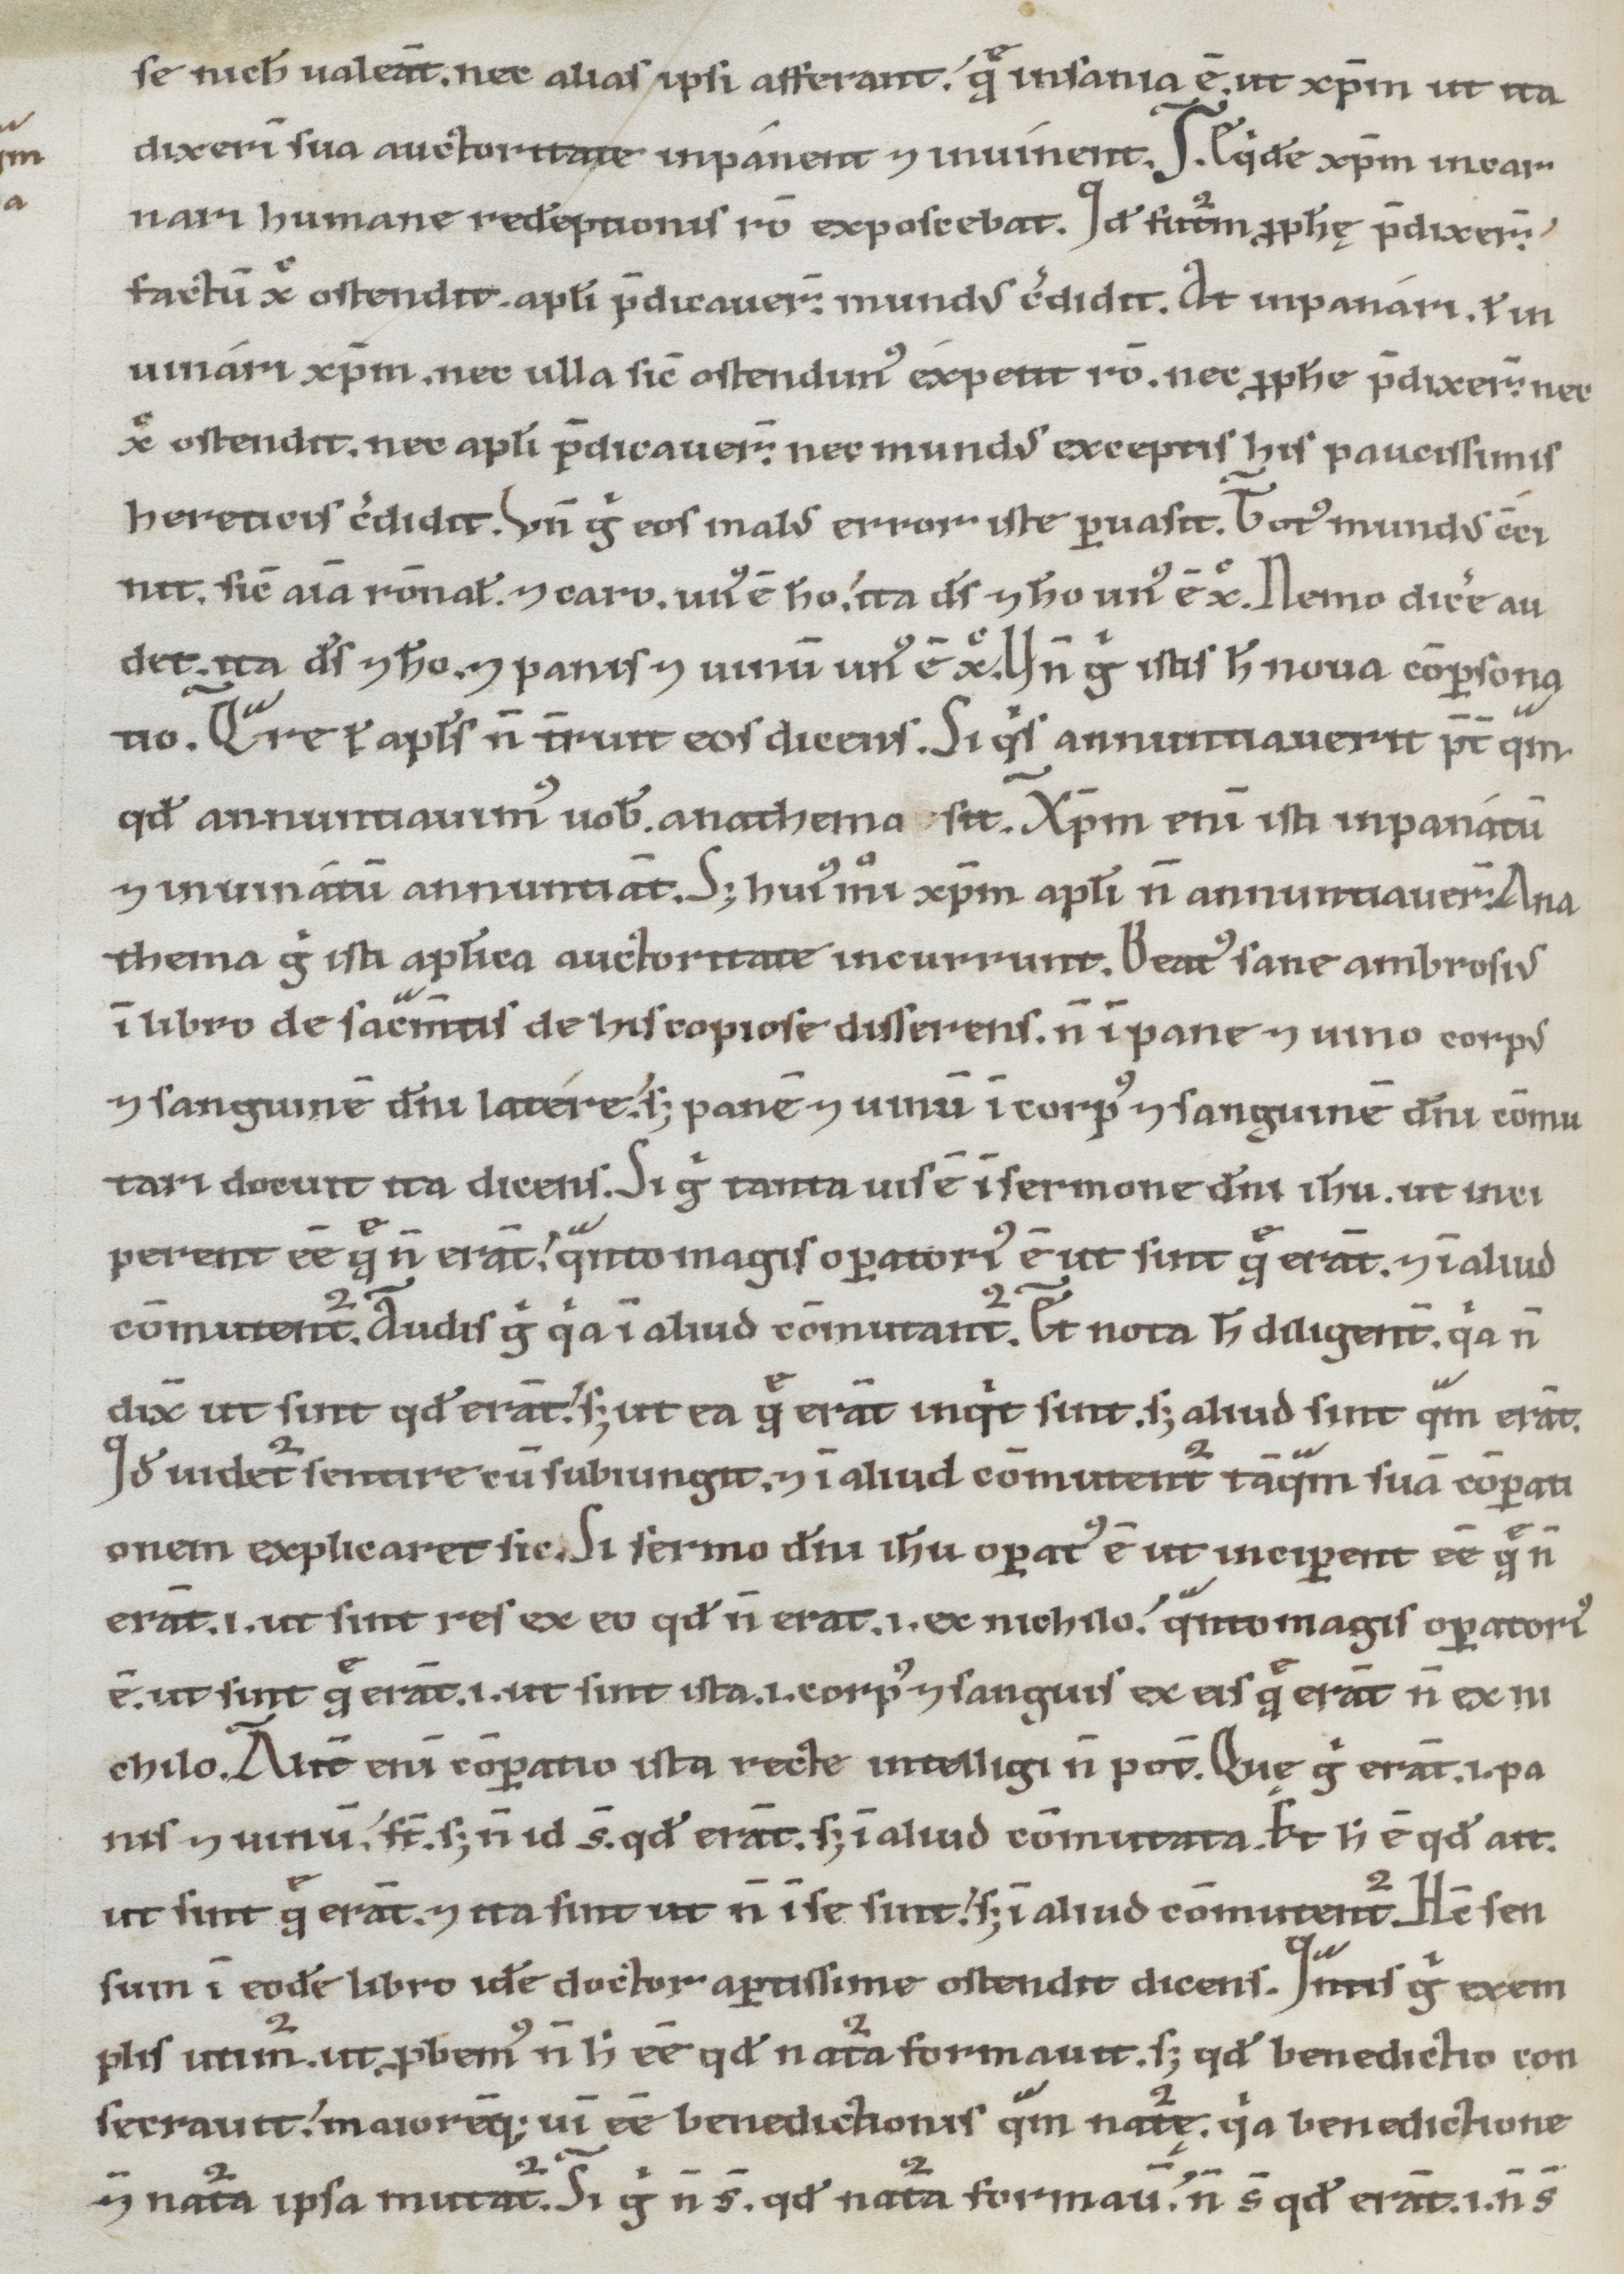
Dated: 1100–1199